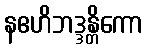
နဧဟိဘဒ္ဒန္တိကော